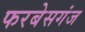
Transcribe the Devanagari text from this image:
फरबेसगंज